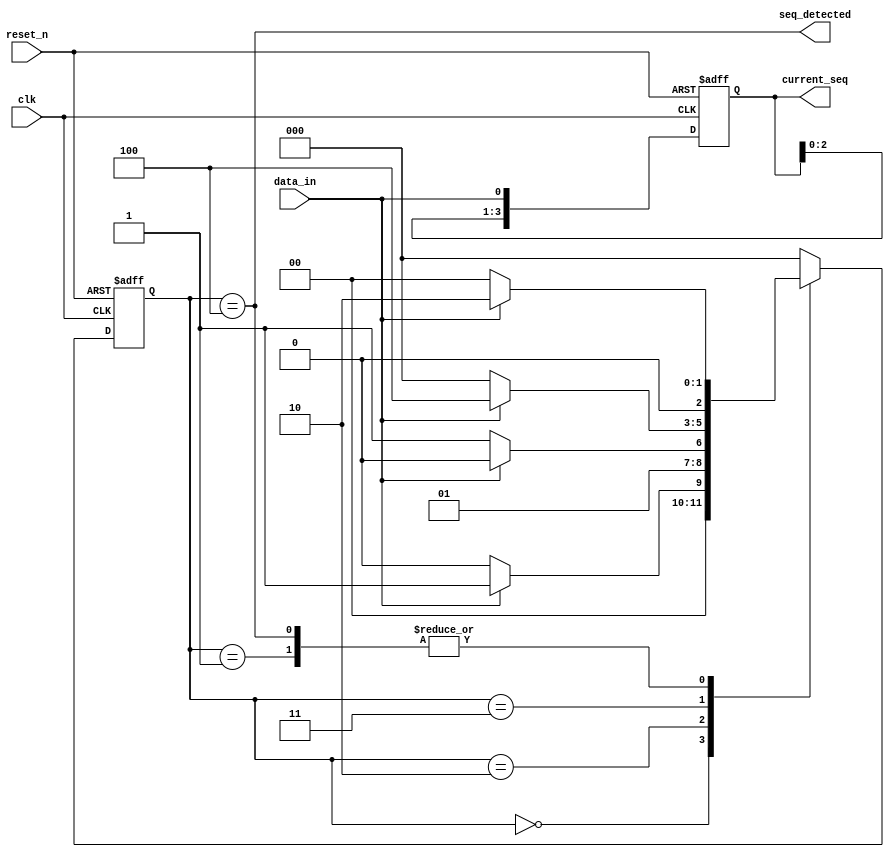
module Moore_seq
#(parameter WIDTH = 4)  
(
input  wire             clk,reset_n,
input  wire             data_in,      // Input bit stream
output wire             seq_detected, // Sequence detected output
output reg  [WIDTH-1:0] current_seq
);

reg [2:0] state_reg, state_next; 

// State definitions
localparam S0 = 3'b000, 
           S1 = 3'b001, 
           S2 = 3'b010, 
           S3 = 3'b011, 
           S4 = 3'b100; 

// State register logic (sequential)
always @(posedge clk or negedge reset_n) begin
    if (!reset_n)
      begin
        state_reg   <= S0; // Reset to initial state
        current_seq <= 4'b0000;
      end
    else
      begin
        state_reg   <= state_next; // Move to next state
        current_seq <= {current_seq[WIDTH-2:0],data_in};
      end
end

// Next state logic (combinational)
always @(*) begin
    case (state_reg)
        S0 : 
            if (data_in) 
                state_next = S1;
            else
                state_next = S0;

        S1 : 
            if (data_in) 
                state_next = S2;
            else
                state_next = S0;

        S2 : 
            if (data_in) 
                state_next = S2;
            else
                state_next = S3;

        S3 : 
            if (data_in) 
                state_next = S4;
            else
                state_next = S0;

        S4 : 
            if (data_in) 
                state_next = S2;
            else
                state_next = S0;

        default:
            state_next = S0; 
    endcase   
end

// Output logic
assign seq_detected = (state_reg == S4);

endmodule